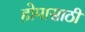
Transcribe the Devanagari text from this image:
होमासाठी